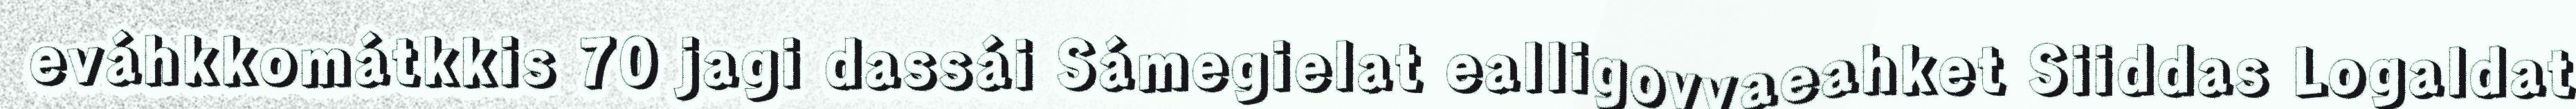
eváhkkomátkkis 70 jagi dassái Sámegielat ealligovvaeahket Siiddas Logaldat